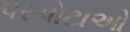
પરપોટાઓ